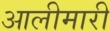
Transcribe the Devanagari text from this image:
आलीमारी